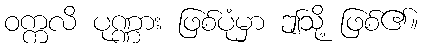
ဝက္ကလိ ပုဏ္ဏား ဖြစ်ပုံမှာ ဤသို့ ဖြစ်၏။